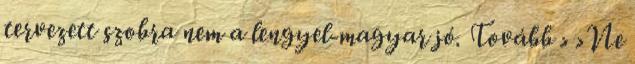
tervezett szobra nem a lengyel-magyar jó. Tovább › ›Ne